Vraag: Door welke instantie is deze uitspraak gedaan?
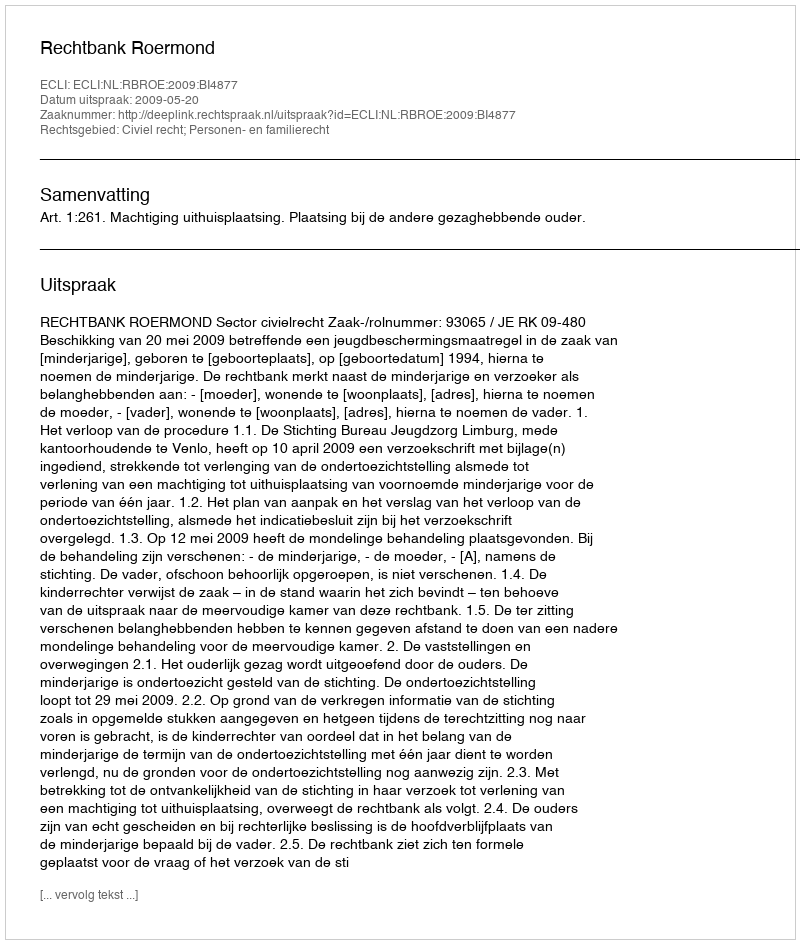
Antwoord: Rechtbank Roermond